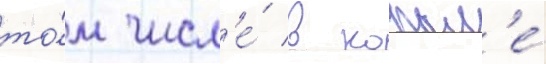
то́м числ'е́ в копыл'е́